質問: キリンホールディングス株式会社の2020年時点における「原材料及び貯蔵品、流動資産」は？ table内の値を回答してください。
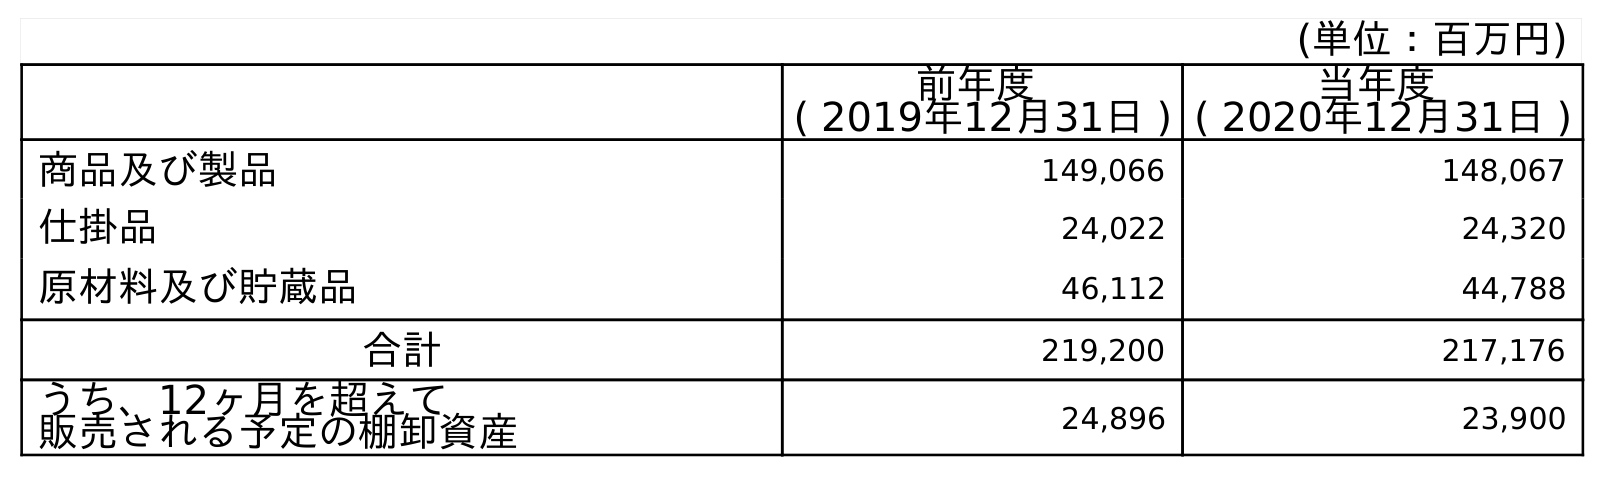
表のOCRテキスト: (単位：百万円) 前年度 ( 2019年12月31日 ) 当年度 ( 2020年12月31日 ) 商品及び製品 149,066 148,067 仕掛品 24,022 24,320 原材料及び貯蔵品 46,112 44,788 合計 219,200 217,176 うち、12ヶ月を超えて 販売される予定の棚卸資産 24,896 23,900
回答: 44,788